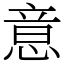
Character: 意